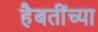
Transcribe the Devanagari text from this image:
हैबतींच्या